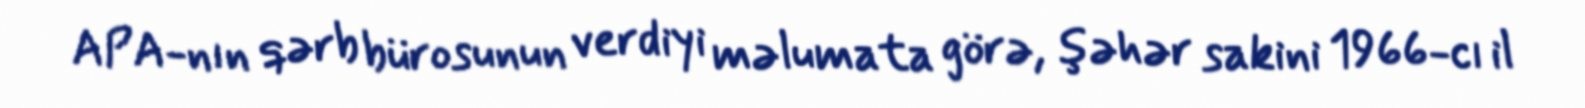
APA-nın qərb bürosunun verdiyi məlumata görə, şəhər sakini 1966-cı il